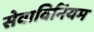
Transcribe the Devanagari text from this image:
सेवाविनियम